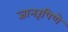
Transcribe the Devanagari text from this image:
ज्ञानरूपिणे